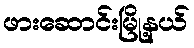
ဖားဆောင်းမြို့နယ်